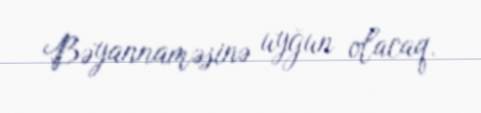
Bəyannaməsinə uyğun olacaq.